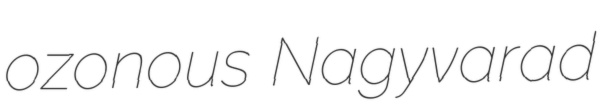
ozonous Nagyvarad